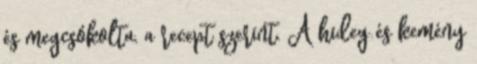
és megcsókolta, a recept szerint. A hideg és kemény